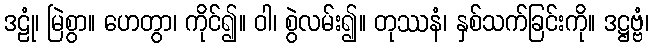
ဒဠုံ၊ မြဲစွာ။ ဟေတွာ၊ ကိုင်၍။ ဝါ၊ စွဲလမ်း၍။ တုဿနံ၊ နှစ်သက်ခြင်းကို။ ဒဋ္ဌဗ္ဗံ၊